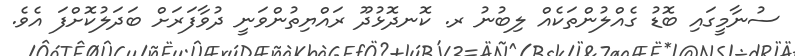
ސުނާމީގައި ބޮޑު ގެއްލުންތަކެއް ލިބުނު ރ. ކޮނދޮޅުދޫ ރައްޔިތުންވަނީ ދުވާފަރަށް ބަދަލުކޮށްފަ އެވެ.